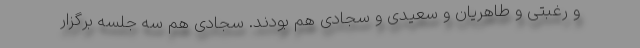
و رغبتی و طاهریان و سعیدی و سجادی هم بودند. سجادی هم سه جلسه برگزار